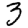
Digit: 3